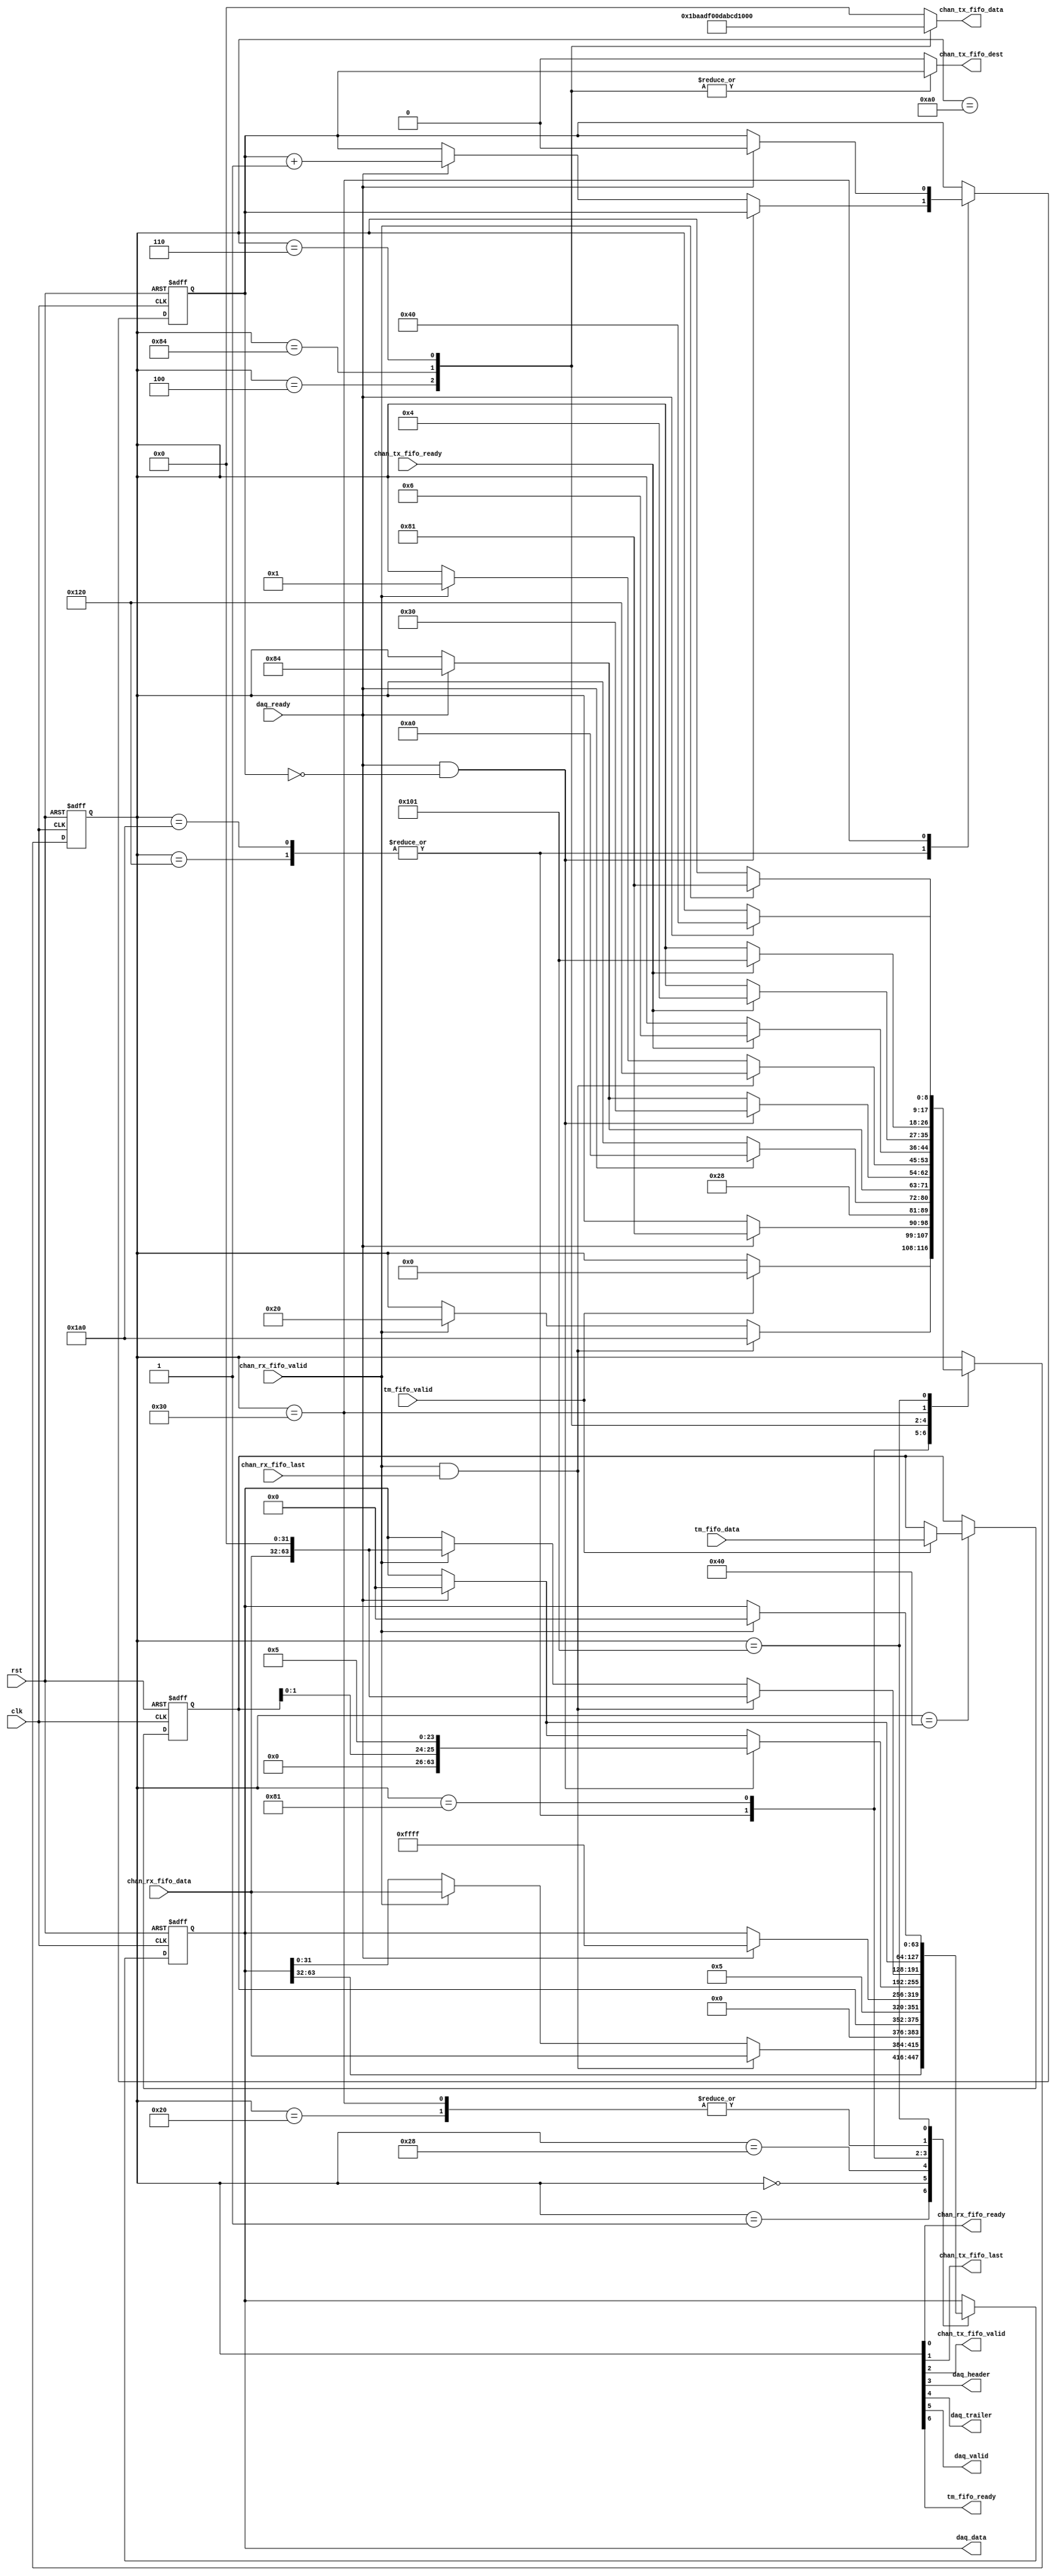

// Created by fizzim.pl version 4.42 on 2014:07:02 at 18:26:04 (www.fizzim.com)

module dataTransferManager (
  output wire chan_rx_fifo_ready,
  output reg [31:0] chan_tx_fifo_data,
  output reg chan_tx_fifo_dest,
  output wire chan_tx_fifo_last,
  output wire chan_tx_fifo_valid,
  output reg [63:0] daq_data,
  output wire daq_header,
  output wire daq_trailer,
  output wire daq_valid,
  output wire tm_fifo_ready,
  input wire [31:0] chan_rx_fifo_data,
  input wire chan_rx_fifo_last,
  input wire chan_rx_fifo_valid,
  input wire chan_tx_fifo_ready,
  input wire clk,
  input wire daq_ready,
  input wire rst,
  input wire [23:0] tm_fifo_data,
  input wire tm_fifo_valid 
);
  
  // state bits
  parameter 
  IDLE          = 9'b001000000, // extra=00 tm_fifo_ready=1 daq_valid=0 daq_trailer=0 daq_header=0 chan_tx_fifo_valid=0 chan_tx_fifo_last=0 chan_rx_fifo_ready=0 
  DATA1         = 9'b000000001, // extra=00 tm_fifo_ready=0 daq_valid=0 daq_trailer=0 daq_header=0 chan_tx_fifo_valid=0 chan_tx_fifo_last=0 chan_rx_fifo_ready=1 
  DATA2         = 9'b000100000, // extra=00 tm_fifo_ready=0 daq_valid=1 daq_trailer=0 daq_header=0 chan_tx_fifo_valid=0 chan_tx_fifo_last=0 chan_rx_fifo_ready=0 
  HAS_FILLNUM   = 9'b000000000, // extra=00 tm_fifo_ready=0 daq_valid=0 daq_trailer=0 daq_header=0 chan_tx_fifo_valid=0 chan_tx_fifo_last=0 chan_rx_fifo_ready=0 
  HEADER1       = 9'b000101000, // extra=00 tm_fifo_ready=0 daq_valid=1 daq_trailer=0 daq_header=1 chan_tx_fifo_valid=0 chan_tx_fifo_last=0 chan_rx_fifo_ready=0 
  HEADER2       = 9'b010100000, // extra=01 tm_fifo_ready=0 daq_valid=1 daq_trailer=0 daq_header=0 chan_tx_fifo_valid=0 chan_tx_fifo_last=0 chan_rx_fifo_ready=0 
  LAST_DATA1    = 9'b100100000, // extra=10 tm_fifo_ready=0 daq_valid=1 daq_trailer=0 daq_header=0 chan_tx_fifo_valid=0 chan_tx_fifo_last=0 chan_rx_fifo_ready=0 
  LAST_DATA2    = 9'b110100000, // extra=11 tm_fifo_ready=0 daq_valid=1 daq_trailer=0 daq_header=0 chan_tx_fifo_valid=0 chan_tx_fifo_last=0 chan_rx_fifo_ready=0 
  READY_DATA    = 9'b010000001, // extra=01 tm_fifo_ready=0 daq_valid=0 daq_trailer=0 daq_header=0 chan_tx_fifo_valid=0 chan_tx_fifo_last=0 chan_rx_fifo_ready=1 
  SEND_CC       = 9'b000000100, // extra=00 tm_fifo_ready=0 daq_valid=0 daq_trailer=0 daq_header=0 chan_tx_fifo_valid=1 chan_tx_fifo_last=0 chan_rx_fifo_ready=0 
  SEND_CSN      = 9'b010000100, // extra=01 tm_fifo_ready=0 daq_valid=0 daq_trailer=0 daq_header=0 chan_tx_fifo_valid=1 chan_tx_fifo_last=0 chan_rx_fifo_ready=0 
  SEND_WORD     = 9'b000000110, // extra=00 tm_fifo_ready=0 daq_valid=0 daq_trailer=0 daq_header=0 chan_tx_fifo_valid=1 chan_tx_fifo_last=1 chan_rx_fifo_ready=0 
  TRAILER       = 9'b000110000, // extra=00 tm_fifo_ready=0 daq_valid=1 daq_trailer=1 daq_header=0 chan_tx_fifo_valid=0 chan_tx_fifo_last=0 chan_rx_fifo_ready=0 
  WAIT_RESPONSE = 9'b100000001; // extra=10 tm_fifo_ready=0 daq_valid=0 daq_trailer=0 daq_header=0 chan_tx_fifo_valid=0 chan_tx_fifo_last=0 chan_rx_fifo_ready=1 
  
  reg [8:0] state;
  reg [8:0] nextstate;
  reg chan_num;
  reg [23:0] fill_num;
  reg next_chan_num;
  reg [63:0] next_daq_data;
  reg [23:0] next_fill_num;
  
  // comb always block
  always @* begin
    nextstate = state; // default to hold value because implied_loopback is set
    chan_tx_fifo_data[31:0] = 32'h00000000; // default
    chan_tx_fifo_dest = 0; // default
    next_chan_num = chan_num;
    next_daq_data[63:0] = daq_data[63:0];
    next_fill_num[23:0] = fill_num[23:0];
    case (state)
      IDLE         : begin
        if (tm_fifo_valid) begin
          nextstate = HAS_FILLNUM;
          next_fill_num[23:0] = tm_fifo_data[23:0];
        end
      end
      DATA1        : begin
        if (chan_rx_fifo_valid && chan_rx_fifo_last) begin
          nextstate = LAST_DATA2;
          next_daq_data[63:0] = {daq_data[63:32],chan_rx_fifo_data[31:0]};
        end
        else if (chan_rx_fifo_valid) begin
          nextstate = DATA2;
          next_daq_data[63:0] = {daq_data[63:32],chan_rx_fifo_data[31:0]};
        end
      end
      DATA2        : begin
        if (daq_ready) begin
          nextstate = READY_DATA;
          next_daq_data[63:0] = 0;
        end
      end
      HAS_FILLNUM  : begin
        begin
          nextstate = HEADER1;
          next_daq_data[63:0] = {{8'h00,fill_num[23:0]},32'h00000005};
        end
      end
      HEADER1      : begin
        if (daq_ready) begin
          nextstate = HEADER2;
          next_daq_data[63:0] = 64'h000000000000FFFF;
        end
      end
      HEADER2      : begin
        if (daq_ready) begin
          nextstate = SEND_CSN;
        end
      end
      LAST_DATA1   : begin
        if (daq_ready && chan_num==0) begin
          nextstate = TRAILER;
          next_daq_data[63:0] = {32'h00000000,{fill_num[1:0],24'h000005}};
        end
        else if (daq_ready) begin
          nextstate = SEND_CSN;
          next_daq_data[63:0] = 0;
          next_chan_num = chan_num+1;
        end
      end
      LAST_DATA2   : begin
        if (daq_ready && chan_num==0) begin
          nextstate = TRAILER;
          next_daq_data[63:0] = {32'h00000000,{fill_num[1:0],24'h000005}};
        end
        else if (daq_ready) begin
          nextstate = SEND_CSN;
          next_daq_data[63:0] = 0;
          next_chan_num = chan_num+1;
        end
      end
      READY_DATA   : begin
        if (chan_rx_fifo_valid && chan_rx_fifo_last) begin
          nextstate = LAST_DATA1;
          next_daq_data[63:0] = {chan_rx_fifo_data[31:0],32'h00000000};
        end
        else if (chan_rx_fifo_valid) begin
          nextstate = DATA1;
          next_daq_data[63:0] = {chan_rx_fifo_data[31:0],32'h00000000};
        end
      end
      SEND_CC      : begin
        chan_tx_fifo_data[31:0] = 32'h00000001;
        chan_tx_fifo_dest = chan_num;
        if (chan_tx_fifo_ready) begin
          nextstate = SEND_WORD;
        end
      end
      SEND_CSN     : begin
        chan_tx_fifo_data[31:0] = 32'hbaadf00d;
        chan_tx_fifo_dest = chan_num;
        if (chan_tx_fifo_ready) begin
          nextstate = SEND_CC;
        end
      end
      SEND_WORD    : begin
        chan_tx_fifo_data[31:0] = 32'habcd1234;
        chan_tx_fifo_dest = chan_num;
        if (chan_tx_fifo_ready) begin
          nextstate = WAIT_RESPONSE;
        end
      end
      TRAILER      : begin
        if (daq_ready) begin
          nextstate = IDLE;
          next_daq_data[63:0] = 0;
          next_chan_num = 0;
        end
      end
      WAIT_RESPONSE: begin
        if (chan_rx_fifo_valid) begin
          nextstate = READY_DATA;
          next_daq_data[63:0] = 0;
        end
      end
    endcase
  end
  
  // Assign reg'd outputs to state bits
  assign chan_rx_fifo_ready = state[0];
  assign chan_tx_fifo_last = state[1];
  assign chan_tx_fifo_valid = state[2];
  assign daq_header = state[3];
  assign daq_trailer = state[4];
  assign daq_valid = state[5];
  assign tm_fifo_ready = state[6];
  
  // sequential always block
  always @(posedge clk or posedge rst) begin
    if (rst) begin
      state <= IDLE;
      chan_num <= 0;
      daq_data[63:0] <= 0;
      fill_num[23:0] <= 0;
      end
    else begin
      state <= nextstate;
      chan_num <= next_chan_num;
      daq_data[63:0] <= next_daq_data[63:0];
      fill_num[23:0] <= next_fill_num[23:0];
      end
  end
  
  // This code allows you to see state names in simulation
  `ifndef SYNTHESIS
  reg [103:0] statename;
  always @* begin
    case (state)
      IDLE         :
        statename = "IDLE";
      DATA1        :
        statename = "DATA1";
      DATA2        :
        statename = "DATA2";
      HAS_FILLNUM  :
        statename = "HAS_FILLNUM";
      HEADER1      :
        statename = "HEADER1";
      HEADER2      :
        statename = "HEADER2";
      LAST_DATA1   :
        statename = "LAST_DATA1";
      LAST_DATA2   :
        statename = "LAST_DATA2";
      READY_DATA   :
        statename = "READY_DATA";
      SEND_CC      :
        statename = "SEND_CC";
      SEND_CSN     :
        statename = "SEND_CSN";
      SEND_WORD    :
        statename = "SEND_WORD";
      TRAILER      :
        statename = "TRAILER";
      WAIT_RESPONSE:
        statename = "WAIT_RESPONSE";
      default      :
        statename = "XXXXXXXXXXXXX";
    endcase
  end
  `endif

endmodule